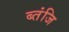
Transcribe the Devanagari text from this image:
ब्तंजि